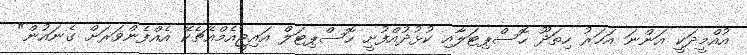
އުއްމީދަކީ އަންނަ އަހަރު ހިތަދޫ ހޮސްޕިޓަލާއި ކުޅުދުއްފުށީ ހޮސްޕިޓަލް އައިޖީއެމްއެޗެކޭ އެއްފެންވަރަށް ގެނައުން"